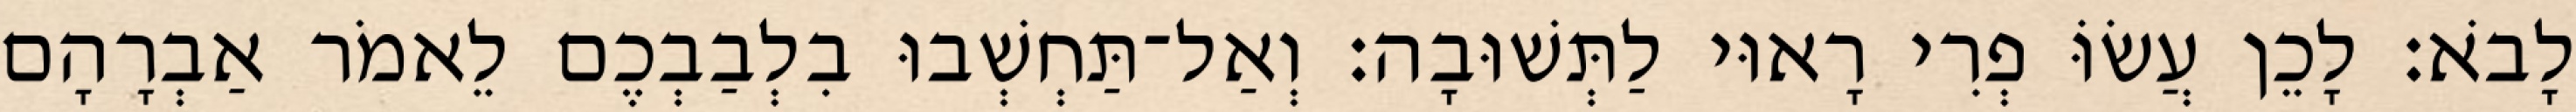
לָבֹא׃ לָכֵן עֲשׂוֹּ פְרִי רָאוּי לַתְּשׁוּבָה׃ וְאַל־תַּחְשְׁבוּ בִלְבַבְכֶם לֵאמֹר אַבְרָהָם